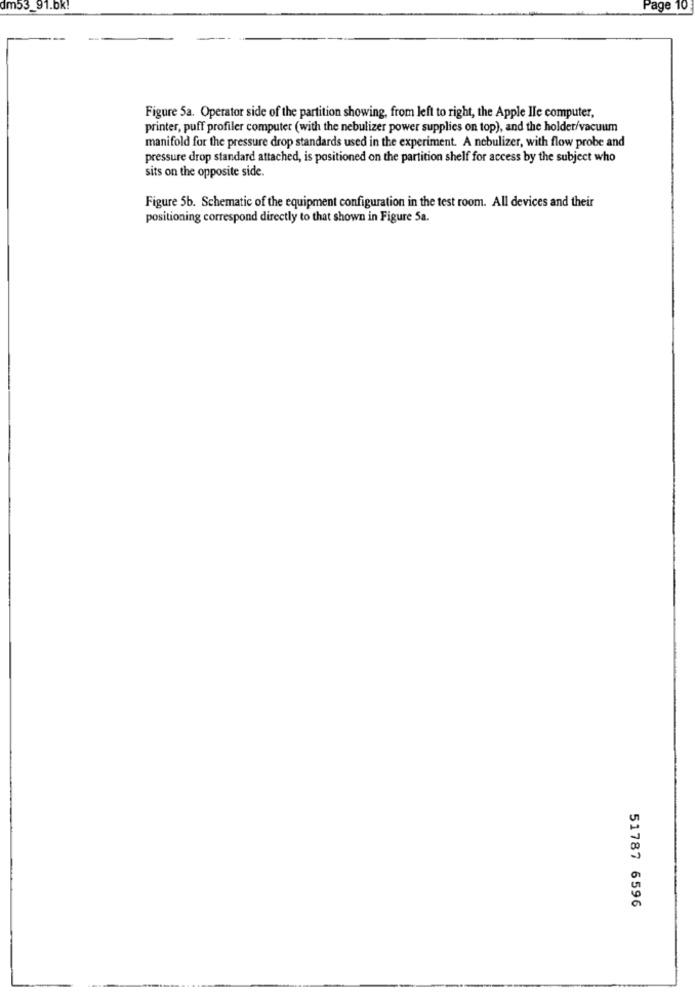
dm53_91.bk!
Page 10
Figure 5a. Operator side of the partition showing, from left to right, the Apple Ile computer,
printer, puff profiler computer (with the nebulizer power supplies on top), and the holder/vacuum
manifold for the pressure drop standards used in the experiment. A nebulizer, with flow probe and
pressure drop standard attached, is positioned on the partition shelf for access by the subject who
sits on the opposite side.
Figure 5b. Schematic of the equipment configuration in the test room. All devices and their
positioning correspond directly to that shown in Figure 5a.
51787 6596